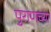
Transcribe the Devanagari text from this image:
पुराणच्या